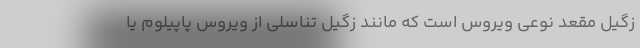
زگیل مقعد نوعی ویروس است که مانند زگیل تناسلی از ویروس پاپیلوم یا